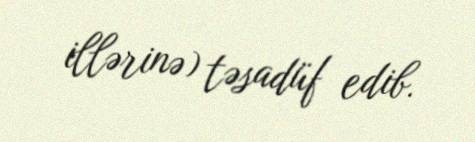
illərinə) təsadüf edib.